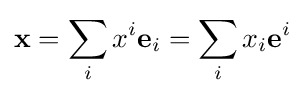
\mathbf {x} =\sum _{i}x^{i}\mathbf {e} _{i}=\sum _{i}x_{i}\mathbf {e} ^{i}